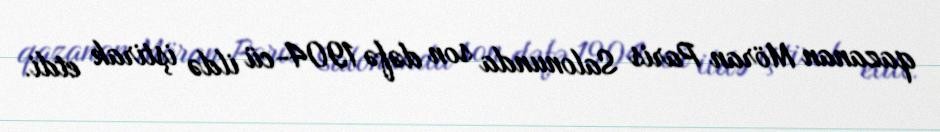
qazanan Möran Paris Salonunda son dəfə 1904-cü ildə iştirak etdi.